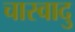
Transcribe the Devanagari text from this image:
चास्वादु